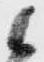
候